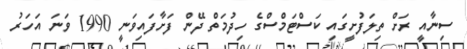
ސިނާއީ ރަށް ތިލަފުށީގައި ކަސްޓަމްސްގެ ހިދުމަތް ދޭން ފަށާފައިވަނީ 1990 ވަނަ އަަހަރު